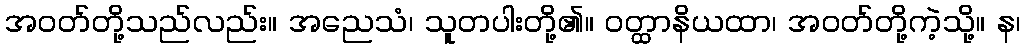
အဝတ်တို့သည်လည်း။ အညေသံ၊ သူတပါးတို့၏။ ဝတ္ထာနိယထာ၊ အဝတ်တို့ကဲ့သို့။ န၊